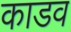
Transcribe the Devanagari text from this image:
काडव